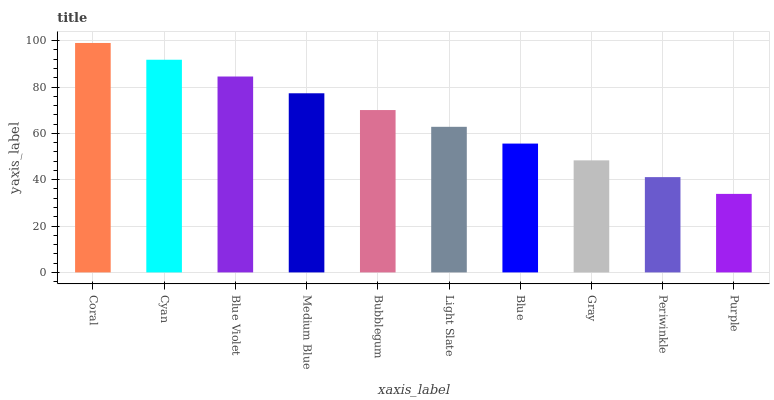
| xaxis_label | bars |
 | --- | --- |
 | Coral | 99 |
 | Cyan | 91.8 |
 | Blue Violet | 84.5 |
 | Medium Blue | 77.3 |
 | Bubblegum | 70.1 |
 | Light Slate | 62.8 |
 | Blue | 55.6 |
 | Gray | 48.4 |
 | Periwinkle | 41.1 |
 | Purple | 33.9 |